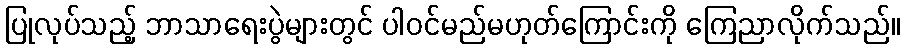
ပြုလုပ်သည့် ဘာသာရေးပွဲများတွင် ပါဝင်မည်မဟုတ်ကြောင်းကို ကြေညာလိုက်သည်။